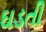
ઘડતી